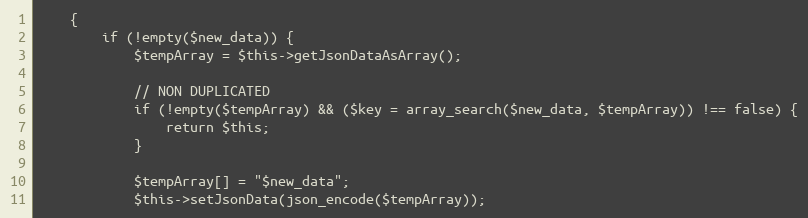
Language: PHP
    {
        if (!empty($new_data)) {
            $tempArray = $this->getJsonDataAsArray();

            // NON DUPLICATED
            if (!empty($tempArray) && ($key = array_search($new_data, $tempArray)) !== false) {
                return $this;
            }

            $tempArray[] = "$new_data";
            $this->setJsonData(json_encode($tempArray));